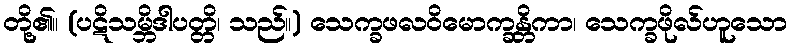
တို့၏။ (ပဋိသမ္ဘိဒါပတ္တိ၊ သည်။) သေက္ခဖလဝိမောက္ခန္တိကာ၊ သေက္ခဖိုလ်ဟူသော